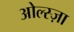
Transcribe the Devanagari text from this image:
ओल्स्ज़ा